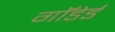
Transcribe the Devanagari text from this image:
गाॅडेर्ड